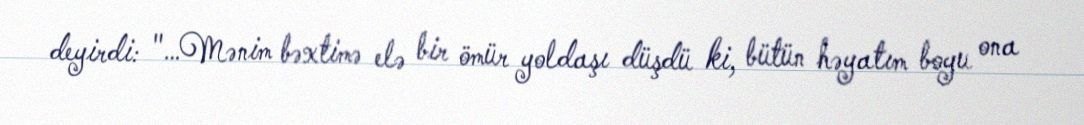
deyirdi: "…Mənim bəxtimə elə bir ömür yoldaşı düşdü ki, bütün həyatım boyu ona